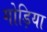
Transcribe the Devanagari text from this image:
गोड़िया